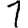
Digit: 1